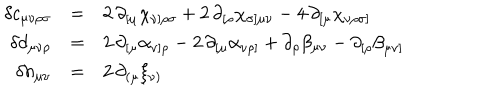
LaTeX: \begin{array} { r c l } { { \delta c _ { \mu \nu \rho \sigma } } } & { { = } } & { { 2 \, \partial _ { [ \mu } \chi _ { \nu ] \rho \sigma } + 2 \, \partial _ { [ \rho } \chi _ { \sigma ] \mu \nu } - 4 \, \partial _ { [ \mu } \chi _ { \nu \rho \sigma ] } } } \\ { { \delta d _ { \mu \nu \rho } } } & { { = } } & { { 2 \, \partial _ { [ \mu } \alpha _ { \nu ] \rho } - 2 \, \partial _ { [ \mu } \alpha _ { \nu \rho ] } + \partial _ { \rho } \beta _ { \mu \nu } - \partial _ { [ \rho } \beta _ { \mu \nu ] } } } \\ { { \delta h _ { \mu \nu } } } & { { = } } & { { 2 \, \partial _ { ( \mu } \xi _ { \nu ) } } } \\ \end{array}